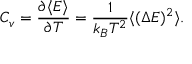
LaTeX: C _ { v } = { \frac { \partial \langle E \rangle } { \partial T } } = { \frac { 1 } { k _ { B } T ^ { 2 } } } \langle ( \Delta E ) ^ { 2 } \rangle .